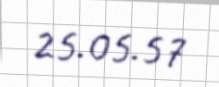
25.05.57